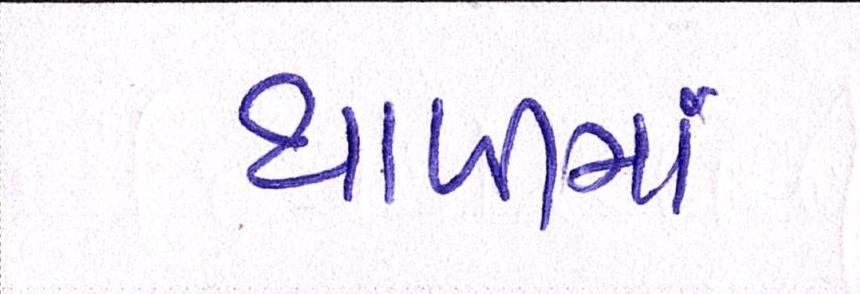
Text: થાળીમાં